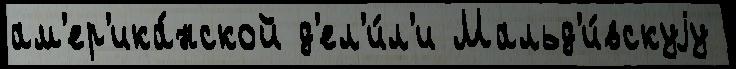
ам'ер'ика́нской д'ел'и́л'и Мальд'и́вскуjу